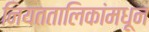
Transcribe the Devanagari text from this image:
नियततालिकांमधून